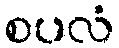
စပလံ